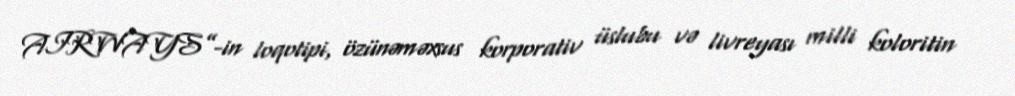
AIRWAYS”-in loqotipi, özünəməxsus korporativ üslubu və livreyası milli koloritin